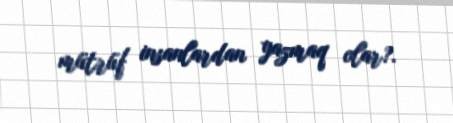
mütrüf insanlardan yazmaq olar?.